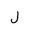
Letter: _lam